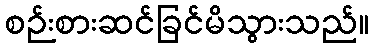
စဉ်းစားဆင်ခြင်မိသွားသည်။